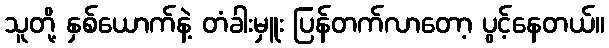
သူတို့ နှစ်ယောက်နဲ့ တံခါးမှူး ပြန်တက်လာတော့ ပွင့်နေတယ်။